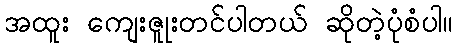
အထူး ကျေးဇူုးတင်ပါတယ် ဆိုတဲ့ပုံစံပါ။